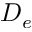
D _ { e }